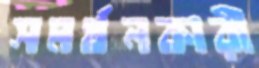
সমর্থনকারী